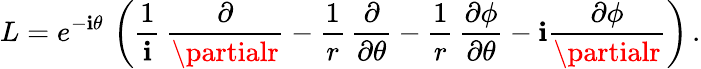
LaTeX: L=e^{-\mathbf{i}\theta}\, \left(\frac{{1}}{{\mathbf{i}}}\, \frac{{\partial}}{{\partialr}}-\frac{{1}}{{r}}\, \frac{{\partial}}{{\partial\theta}}-\frac{{1}}{{r}}\, \frac{{\partial\phi}}{{\partial\theta}}-\mathbf{i}\frac{{\partial\phi}}{{\partialr}}\right)\, .